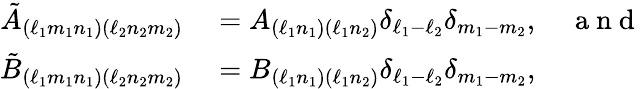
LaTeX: \begin{array}{rl}{\tilde{A}_{(\ell_{1}m_{1}n_{1})(\ell_{2}n_{2}m_{2})}}&{{}=A_{(\ell_{1}n_{1})(\ell_{1}n_{2})}\delta_{\ell_{1}-\ell_{2}}\delta_{m_{1}-m_{2}},\quad\mathrm{~a~n~d~}}\\ {\tilde{B}_{(\ell_{1}m_{1}n_{1})(\ell_{2}n_{2}m_{2})}}&{{}=B_{(\ell_{1}n_{1})(\ell_{1}n_{2})}\delta_{\ell_{1}-\ell_{2}}\delta_{m_{1}-m_{2}},}\end{array}